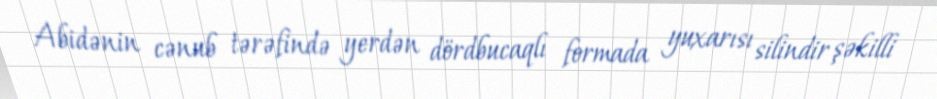
Abidənin cənub tərəfində yerdən dördbucaqlı formada yuxarısı silindir şəkilli